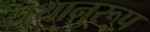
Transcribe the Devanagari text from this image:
यथानुरूप